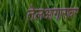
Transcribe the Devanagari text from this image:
तेलआगारावर